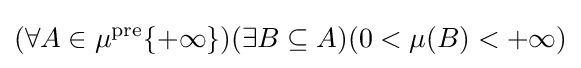
(\forall A\in \mu ^{\text{pre}}\{+\infty \})(\exists B\subseteq A)(0<\mu (B)<+\infty )